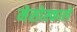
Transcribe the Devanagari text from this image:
मेसोस्काले